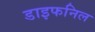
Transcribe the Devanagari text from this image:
डाइफनिल